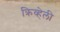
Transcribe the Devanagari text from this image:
क्रिव्हेली